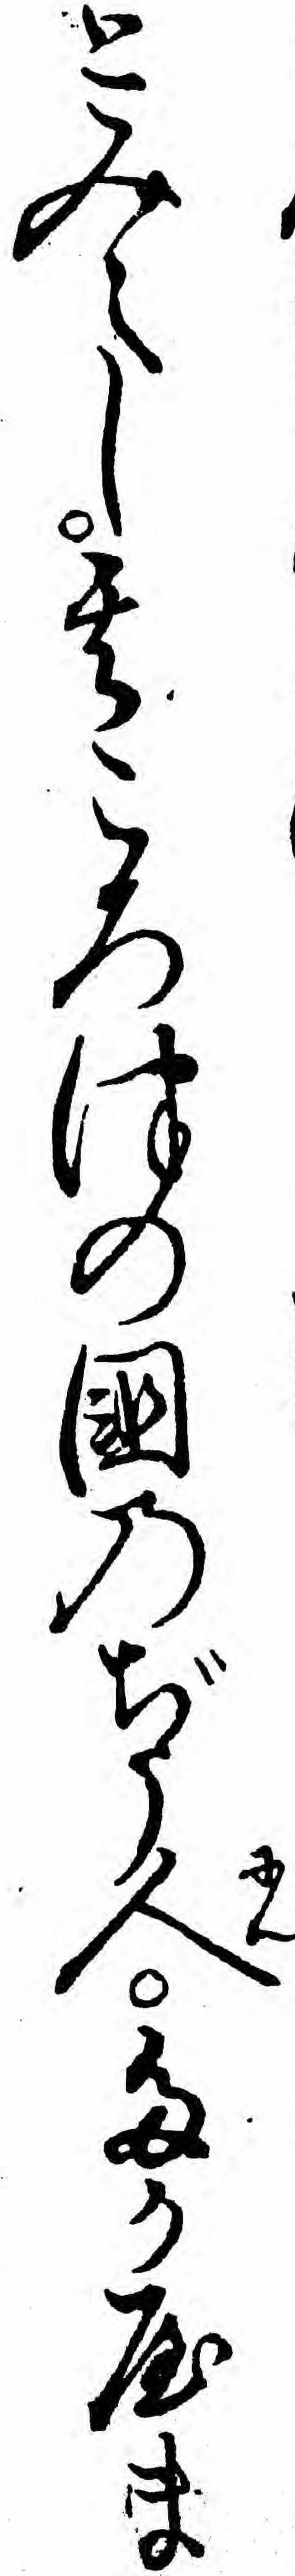
とみえし其ころ津の国のぢう人たかやま